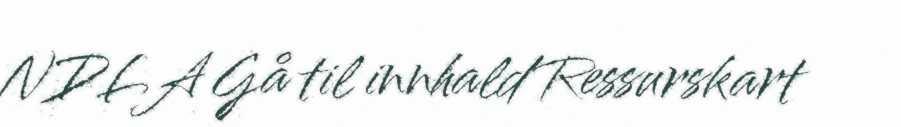
NDLA Gå til innhald Ressurskart